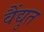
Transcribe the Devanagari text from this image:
वैंद्युत